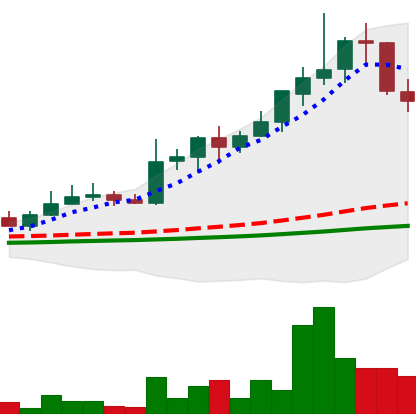
Ticker: LINK-USD
Chart end date: 2019-05-26
Forward return: -6.03%
Label: down_5_7